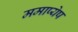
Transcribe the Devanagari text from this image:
ममाप्येष